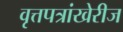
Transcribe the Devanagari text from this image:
वृत्तपत्रांखेरीज